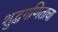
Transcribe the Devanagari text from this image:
शुद्धगणिताचा